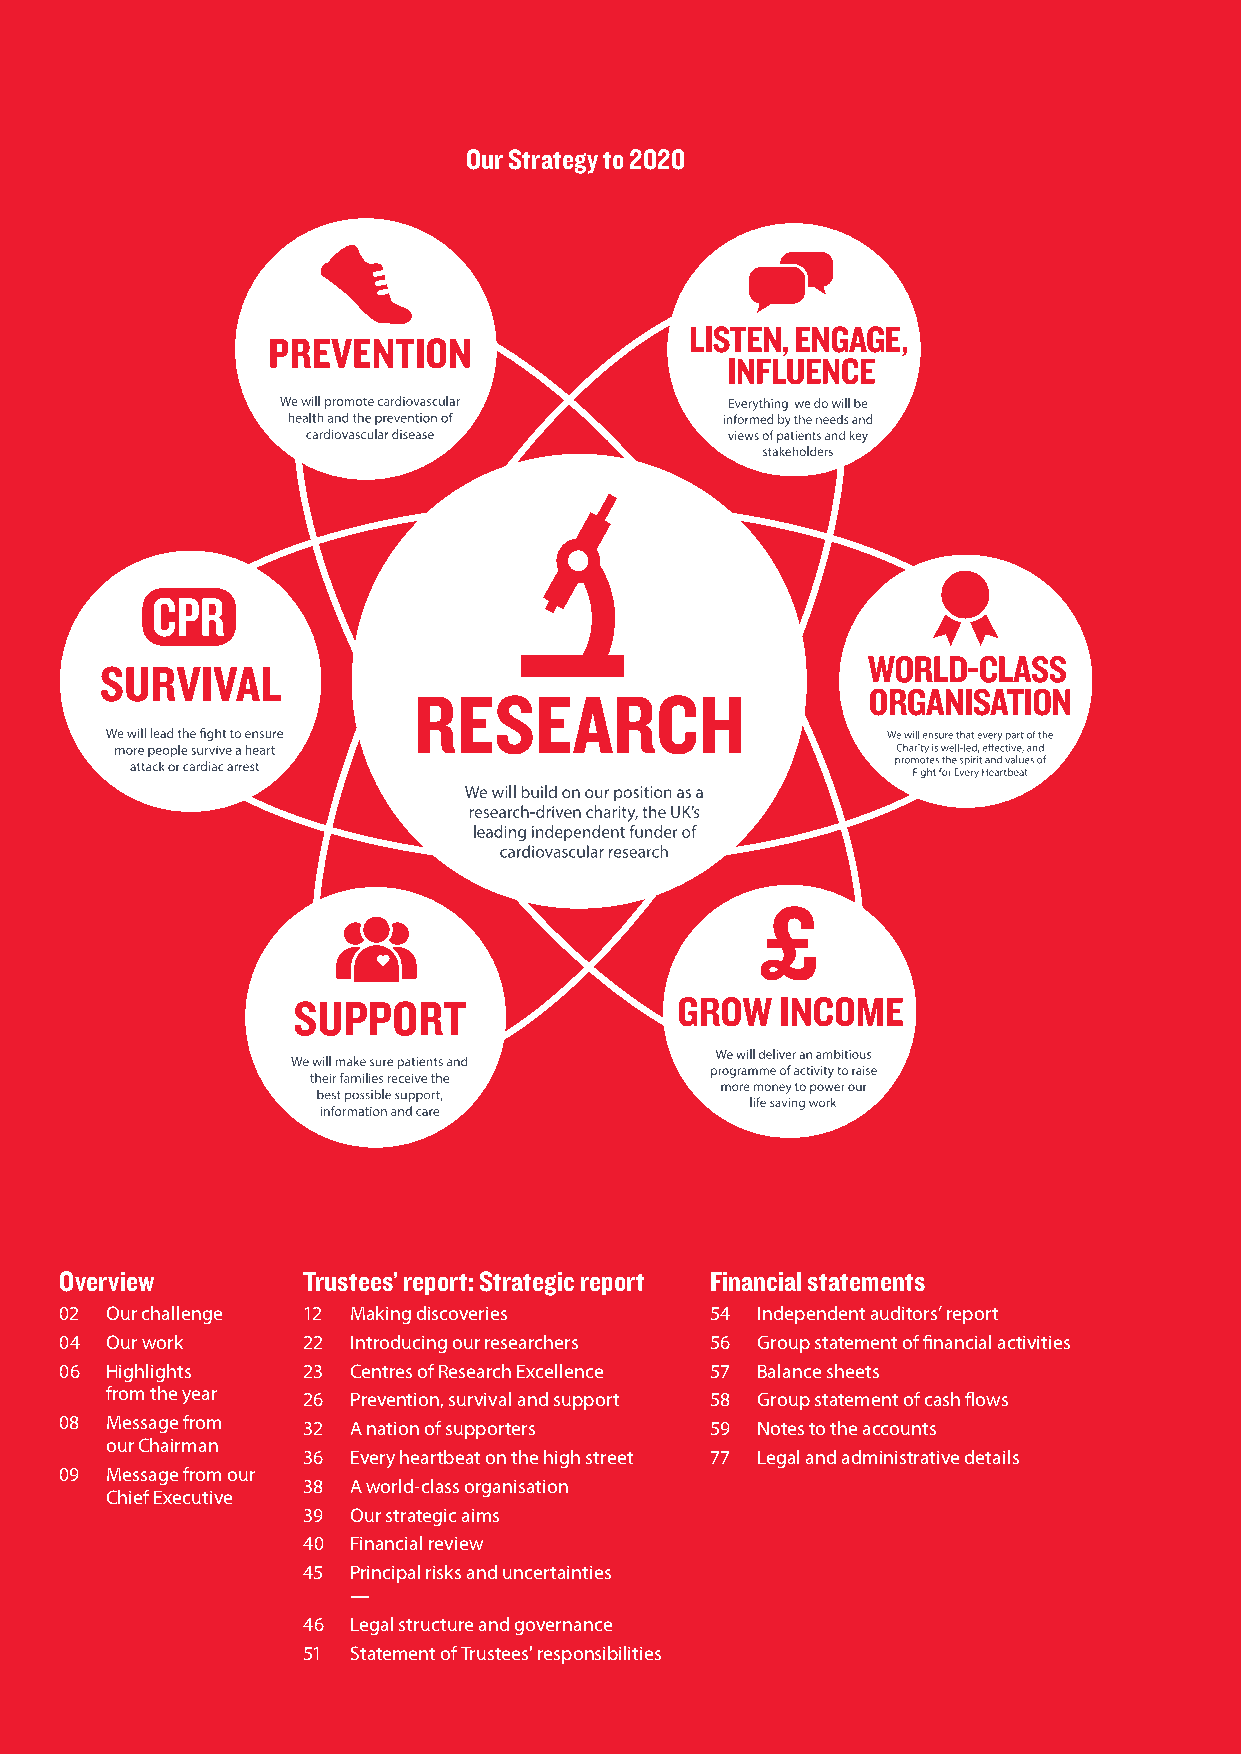
Our Strategy to 2020
 Overview        Trustees’ report: Strategic report Financial statements
 02 Our challenge 12 Making discoveries     54 Independent auditors’ report
 04 Our work     22 Introducing our researchers 56 Group statement of financial activities
 06 Highlights   23 Centres of Research Excellence 57 Balance sheets
 from the year 26 Prevention, survival and support 58 Group statement of cash flows
 08 Message from 32 A nation of supporters  59 Notes to the accounts
 our Chairman
 36 Every heartbeat on the high street 77 Legal and administrative details
 09 M essage from our
 38 A world-class organisation
 Chief Executive
 39 Our strategic aims
 40 Financial review
 45 Principal risks and uncertainties
 —
 46 Legal structure and governance
 51 Statement of Trustees' responsibilities